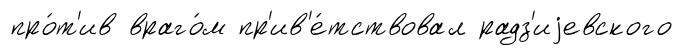
про́т'ив враго́м пр'ив'е́тствовал радз'иjевского